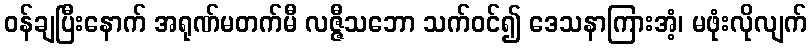
ဝန်ချပြီးနောက် အရုဏ်မတက်မီ လဇ္ဇီသဘော သက်ဝင်၍ ဒေသနာကြားအံ့၊ မဖုံးလိုလျက်